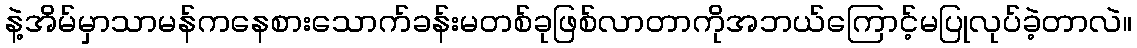
နဲ့အိမ်မှာသာမန်ကနေစားသောက်ခန်းမတစ်ခုဖြစ်လာတာကိုအဘယ်ကြောင့်မပြုလုပ်ခဲ့တာလဲ။